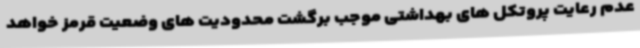
عدم رعایت پروتکل های بهداشتی موجب برگشت محدودیت های وضعیت قرمز خواهد